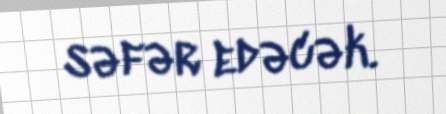
səfər edəcək.